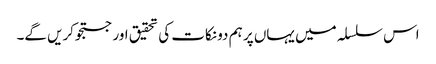
اس سلسلہ میں یہاں پر ہم دو نکات کی تحقیق اور جستجوکریں گے۔